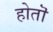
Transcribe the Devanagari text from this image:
होतॊ